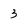
Character: 3